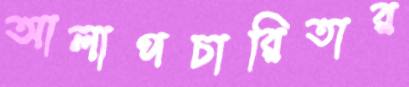
আলাপচারিতার